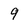
Character: 9